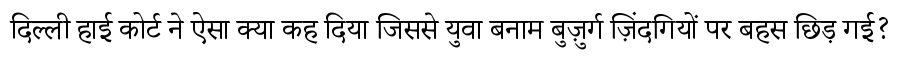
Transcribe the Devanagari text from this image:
दिल्ली हाई कोर्ट ने ऐसा क्या कह दिया जिससे युवा बनाम बुज़ुर्ग ज़िंदगियों पर बहस छिड़ गई?